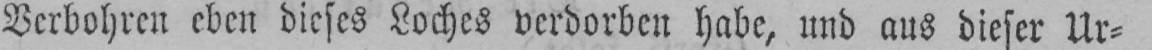
Verbohren eben dieses Loches verdorben habe, und aus dieser Ur⸗